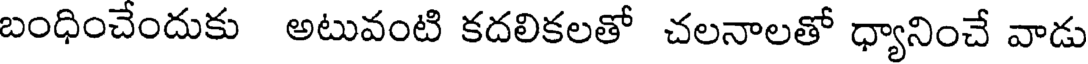
బంధించేందుకు అటువంటి కదలికలతో చలనాలతో ధ్యానించే వాడు